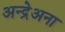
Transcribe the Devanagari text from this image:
अन्द्रेअना